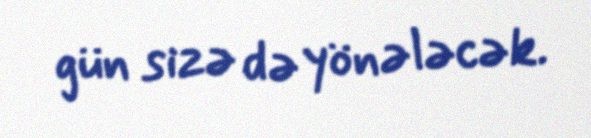
gün sizə də yönələcək.